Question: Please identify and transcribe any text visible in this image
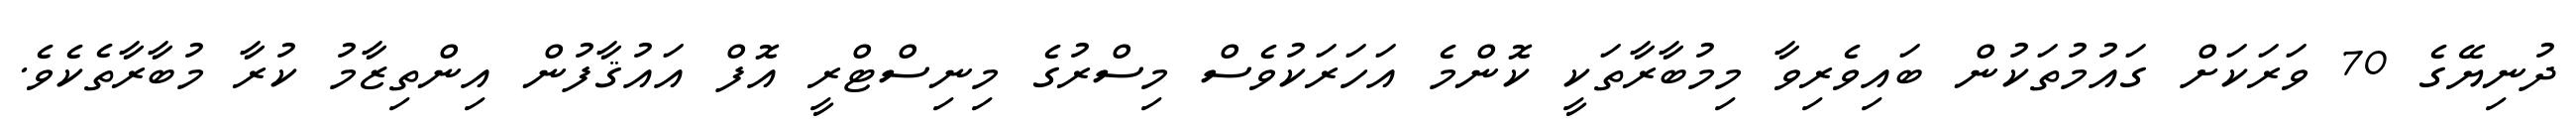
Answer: ދުނިޔޭގެ 70 ވަރަކަށް ގައުމުތަކުން ބައިވެރިވާ މިމުބާރާތަކީ ކޮންމެ އަހަރަކުވެސް މިސްރުގެ މިނިސްޓްރީ އޮފް އައުޤާފުން އިންތިޒާމު ކުރާ މުބާރާތެކެވެ.